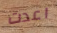
اعدت